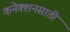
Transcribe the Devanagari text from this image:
कनेक्शनसाठी